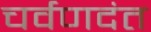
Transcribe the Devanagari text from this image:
चर्वणदंत